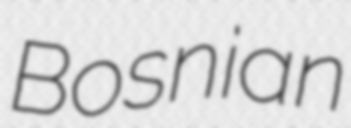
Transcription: Bosnian